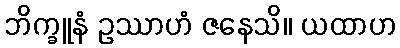
ဘိက္ခူနံ ဥဿာဟံ ဇနေသိ။ ယထာဟ